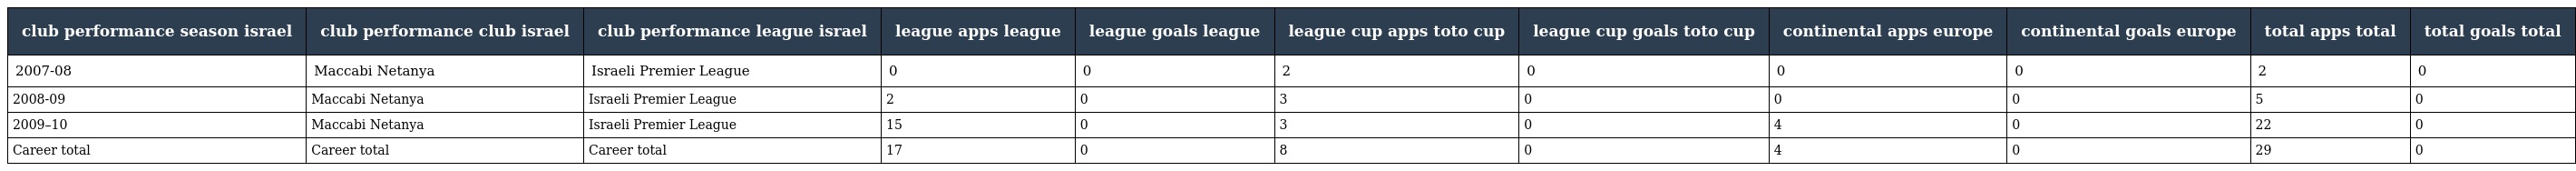
| club performance season israel | club performance club israel | club performance league israel | league apps league | league goals league | league cup apps toto cup | league cup goals toto cup | continental apps europe | continental goals europe | total apps total | total goals total |
 | --- | --- | --- | --- | --- | --- | --- | --- | --- | --- | --- |
 | 2007-08 | Maccabi Netanya | Israeli Premier League | 0 | 0 | 2 | 0 | 0 | 0 | 2 | 0 |
 | 2008-09 | Maccabi Netanya | Israeli Premier League | 2 | 0 | 3 | 0 | 0 | 0 | 5 | 0 |
 | 2009–10 | Maccabi Netanya | Israeli Premier League | 15 | 0 | 3 | 0 | 4 | 0 | 22 | 0 |
 | Career total | Career total | Career total | 17 | 0 | 8 | 0 | 4 | 0 | 29 | 0 |